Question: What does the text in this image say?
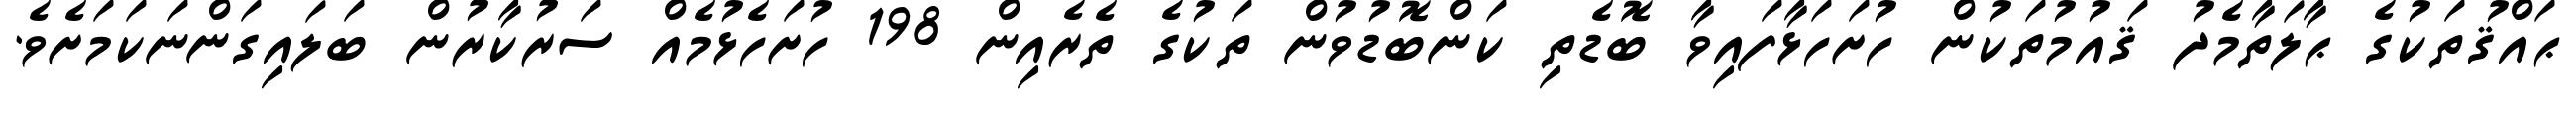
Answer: ޙައްޤުތަކުގެ ޙާލަތާމެދު ޤައުމުތަކުން ހުށަހަޅާފައިވާ ބޮޑެތި ކަންބޮޑުވުން ތަކުގެ ތެރެއިން 198 ހުށަހެޅުމެއް ސަރުކާރުން ބަލައިގަންނަކަމަށެވެ.